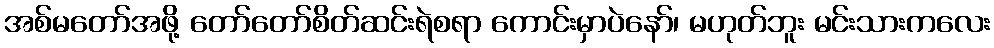
အစ်မတော်အဖို့ တော်တော်စိတ်ဆင်းရဲစရာ ကောင်းမှာပဲနော်၊ မဟုတ်ဘူး မင်းသားကလေး